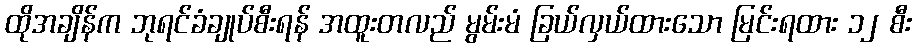
ထိုအချိန်က ဘုရင်ခံချုပ်စီးရန် အထူးတလည် မွမ်းမံ ခြယ်လှယ်ထားသော မြင်းရထား ၁၂ စီး